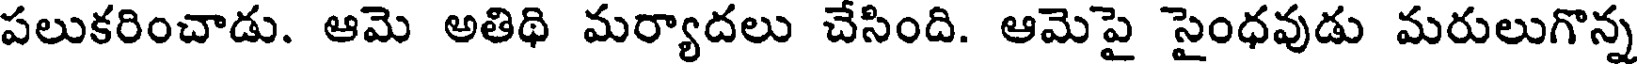
పలుకరించాడు. ఆమె అతిథి మర్యాదలు చేసింది. ఆమెపై సైంధవుడు మరులుగొన్న